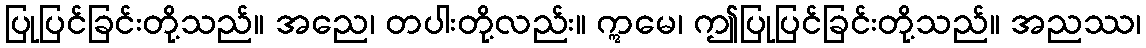
ပြုပြင်ခြင်းတို့သည်။ အညေ၊ တပါးတို့လည်း။ ဣမေ၊ ဤပြုပြင်ခြင်းတို့သည်။ အညဿ၊